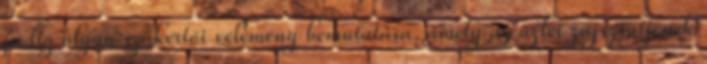
pedig olyan szakértői vélemény bemutatása, amely az üzlet zajszintjének